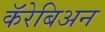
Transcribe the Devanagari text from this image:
कॅरेबिअन